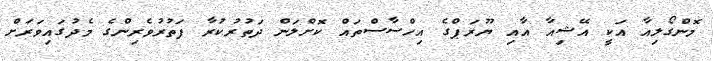
މޮންގޯލިއާ އަކީ އޭޝިއާ އާއި ޔޫރަޕްގެ އިހްސާސްތައް ކޮށްލަން ދަތުރުކުރާ ފަތުރުވެރިންގެ މެދުގައިވަރަށް